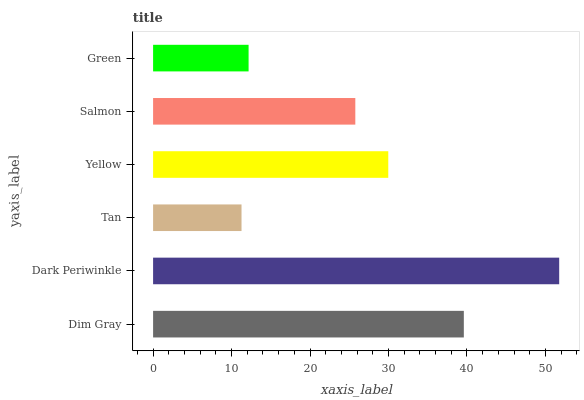
| yaxis_label | bars |
 | --- | --- |
 | Dim Gray | 39.6 |
 | Dark Periwinkle | 51.8 |
 | Tan | 11.3 |
 | Yellow | 30 |
 | Salmon | 25.8 |
 | Green | 12.2 |